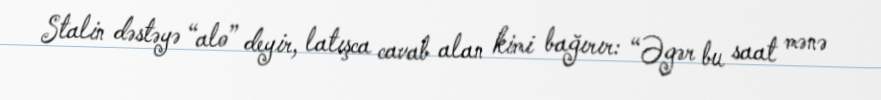
Stalin dəstəyə “alo” deyir, latışca cavab alan kimi bağırır: “Əgər bu saat mənə